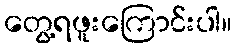
တွေ့ရဖူးကြောင်းပါ။